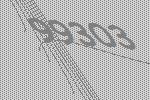
99303